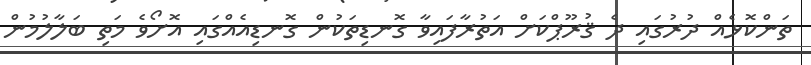
ތަންކޮޅެއް ދުރުގައި ދެ ޤުރޫޕްކަށް އަތުރާފައިވާ ގޮނޑިތަކުން ގޮނޑިއެއްގައި އޮށޯވެ މަތި ބަލާލުމުން